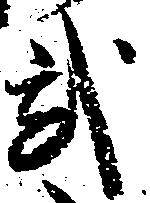
武